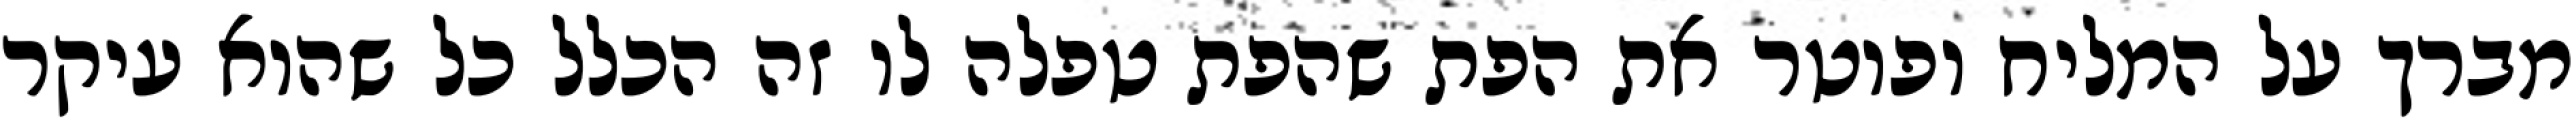
מברך על המליח ופוטר את הפת שהפת טפלה לו זה הכלל כל שהוא עיקר